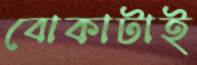
বোকাটাই